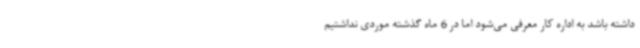
داشته باشد به اداره کار معرفی می‌شود اما در 6 ماه گذشته موردی نداشتیم